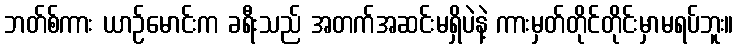
ဘတ်စ်ကား ယာဉ်မောင်းက ခရီးသည် အတက်အဆင်းမရှိပဲနဲ့ ကားမှတ်တိုင်တိုင်းမှာမရပ်ဘူး။